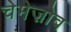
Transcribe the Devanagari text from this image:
चेमेज़ोव